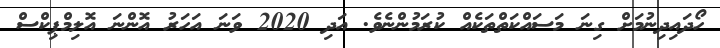
ހޯދައިދިނުމަށް ގިނަ މަސައްކަތްތަކެއް ކުރަމުންނެވެ. އަދި 2020 ވަނަ އަހަރު އޮންނަ އޮލިމްޕިކްސް